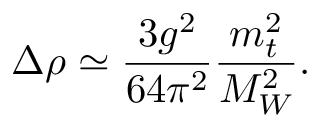
\Delta \rho \simeq \frac { 3 g ^ { 2 } } { 6 4 \pi ^ { 2 } } \frac { m _ { t } ^ { 2 } } { M _ { W } ^ { 2 } } .